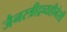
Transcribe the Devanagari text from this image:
जैनस्त्रीद्रव्यहीनेसी